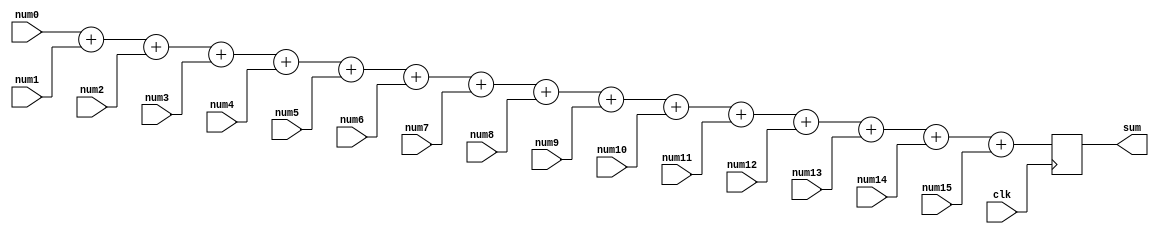
`timescale 1ns / 1ps
//////////////////////////////////////////////////////////////////////////////////
// Company: 
// Engineer: 
// 
// Design Name: 
// Module Name: adder
// Project Name: 
// Target Devices: 
// Tool Versions: 
// Description: 
// 
// Dependencies: 
// 
// Revision:
// Revision 0.01 - File Created
// Additional Comments:
// 
//////////////////////////////////////////////////////////////////////////////////


module adder (
  input [15:0] num0,
  input [15:0] num1,
  input [15:0] num2,
  input [15:0] num3,
  input [15:0] num4,
  input [15:0] num5,
  input [15:0] num6,
  input [15:0] num7,
  input [15:0] num8,
  input [15:0] num9,
  input [15:0] num10,
  input [15:0] num11,
  input [15:0] num12,
  input [15:0] num13,
  input [15:0] num14,
  input [15:0] num15,
  input clk,
  output reg [27:0] sum
);

  reg [28:0] temp_sum;

  always @(posedge clk) begin
    temp_sum = num0 + num1 + num2 + num3 + num4 + num5 + num6 + num7 + num8 + num9 + num10 + num11 + num12 + num13 + num14 + num15;
    sum = temp_sum;
  end

endmodule